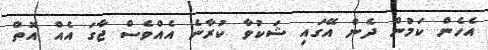
އެހެން ކަމުން ދެން އޭގައި ޝަކުވާ ކުރާނެ އެއްވެސް ޖާގަ އެއް އޮތް